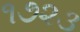
૧૭૨૩